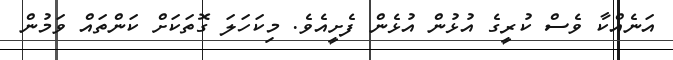
އަނެއްކާ ވެސް ކުރީގެ އުޅުން އުޅެން ފެށީއެވެ. މިކަހަލަ ގޮތަކަށް ކަންތައް ވަމުން